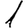
Digit: 1